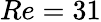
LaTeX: Re=31